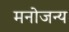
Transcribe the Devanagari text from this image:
मनोजन्य